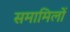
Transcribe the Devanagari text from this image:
समामिलों